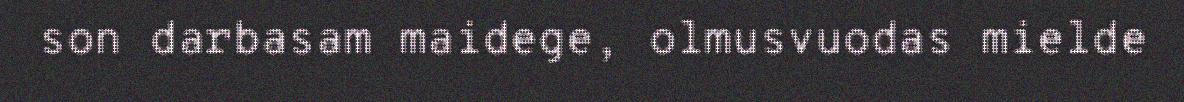
son darbasam maidege, olmusvuodas mielde